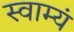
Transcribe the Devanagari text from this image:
स्वाम्यं